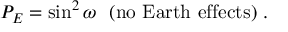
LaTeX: P _ { E } = \sin ^ { 2 } \omega \ \ ( \mathrm { n o \ E a r t h \ e f f e c t s } ) \ .